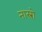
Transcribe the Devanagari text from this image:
नास्त्रो